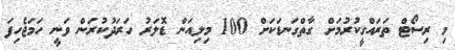
މި ރިސޯޓް ތަރައްގީކުރުމަށް ގާތްގަނޑަކަށް 100 މިލިއަން ޑޮލަރު ހަރަދުކުރަން ވަނީ ހަމަޖެހިފަ